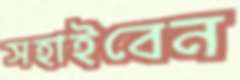
সহাইবেন